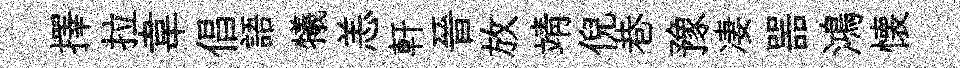
擇拉韋倡語犧恙軒晉放靖倪巷豫凄噐鴻懐